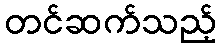
တင်ဆက်သည့်